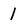
Character: 1